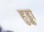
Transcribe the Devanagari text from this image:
हुड्का